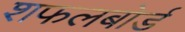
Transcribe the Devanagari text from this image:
शफलबोर्ड